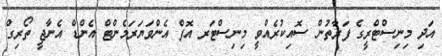
އަދި މިނިސްޓްރީގެ ފަރާތުން ސޮއިކުރެއްވީ މިނިސްޓަރ އޮފް އެންވަޔަރަމެންޓް އެންޑް އެނާޖީ ތޯރިގް